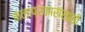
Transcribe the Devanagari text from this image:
कलाप्रकारांसाठी